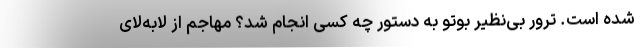
شده است. ترور بی‌نظیر بوتو به دستور چه کسی انجام شد؟ مهاجم از لابه‌لای